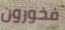
فخورون